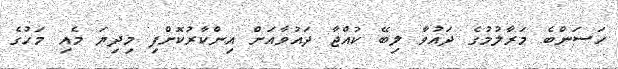
ހަސަންބެ މަރާލުމުގެ ދައުވާ ލިބޭ ކުއްޖާ ދައުވާއަށް އިންކާރުކޮށްފި މިދިޔަ މެއި މަހުގެ